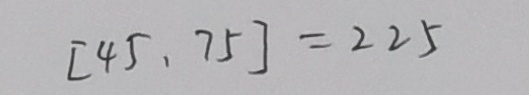
[ 4 5 , 7 5 ] = 2 2 5